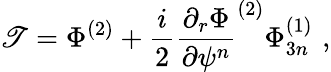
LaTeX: \mathscr{T}=\Phi^{(2)}+\frac{{i}}{{2}}\frac{{\partial_{r}\Phi}}{{\partial\psi^{n}}}^{(2)}\Phi_{3n}^{(1)}\, \, ,